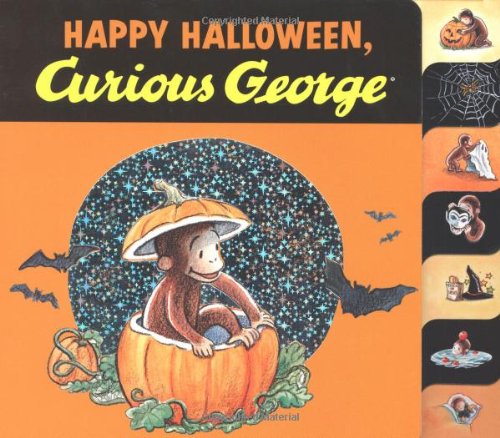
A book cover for Happy Halloween, Curious George tabbed board book; H. A. Rey; Children's Books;